Lunatic asylums United Prov. 1922-30 - 1922-1930
Year: 1922
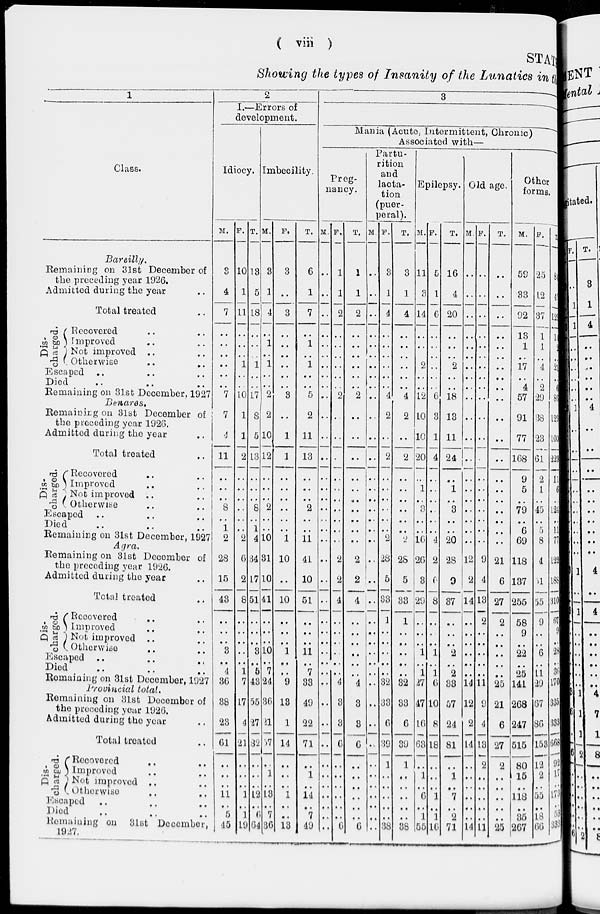
( viii )
STAT
Showing the types of Insanity of the Lunatics in the
1
Class.
Bareilly.
Remaining on 31st December of
the prcceding year 1926.
Admitted during the year ..
Total treated ..
Dis-
charged.
Recovered .. ..
Improved .. ..
Not Improved .. ..
Otherwise .. ..
Escaped .. .. ..
Died .. .. ..
Remaining on 31st December, 1927
Benares.
Remaing on 31st December of
the preceding year 1926.
Admitted during the year ..
Total treated ..
Di s-
charged.
Recovered .. ..
Improved .. ..
Not improved .. ..
Otherwise .. ..
Escaped .. ..
Died .. .. ..
Remaining on 31st December, 1927
Agra.
Remaining on 31st December of
the preceding year 1926.
Admitted during the year ..
Total treated ..
Dis-
charged.
Recovered .. ..
Improved .. ..
Not improved .. ..
Otherwise .. ..
Escaped .. .. ..
Died .. .. ..
Remaining on 31st December, 1927
Provincial total.
Remaining on 31st December of
the preceding year 1926.
Admitted during the year ..
Total treated ..
Dis-
charged.
Recovered .. ..
Improved .. ..
Not improved .. ..
Otherwise .. ..
Escaped .. .. ..
Died .. .. ..
Remaining on 31st December,
1927.
2
I.—Errors of
development.
Idiocy.
M.
3
4
7
..
..
..
..
..
..
7
7
4
11
..
..
..
8
..
1
2
28
15
43
..
..
..
3
..
4
36
38
23
61
..
..
..
11
..
5
45
F.
10
1
11
..
..
..
1
..
..
10
1
1
2
..
..
..
..
..
..
2
6
2
8
..
..
..
..
..
1
7
17
4
21
..
..
..
1
..
1
19
T.
13
5
18
..
...
..
1
..
..
17
8
5
13
..
..
..
8
..
1
4
34
17
51
..
..
..
3
..
5
43
55
37
32
..
..
..
12
..
6
64
Imbecility
M.
3
1
4
..
1
..
1
..
..
2
2
10
12
..
..
..
2
..
..
10
31
10
41
..
..
..
10
..
7
24
36
21
57
..
1
..
13
..
7
36
F.
3
..
3
..
..
..
...
..
..
3
..
1
1
..
..
..
..
..
..
1
10
..
10
..
..
..
1
..
..
9
13
1
14
..
..
..
1
..
..
13
T.
6
1
7
..
1
..
1
..
..
5
2
11
13
..
..
..
2
..
..
11
41
10
51
..
..
..
11
..
7
33
49
22
71
..
1
..
14
..
7
49
3
Maina (Acute, Intermittent, Chronic)
Associated with—
Preg-
nancy.
M.
..
..
..
..
..
..
..
..
..
..
..
..
...
..
..
..
..
..
..
..
...
..
..
..
..
..
..
..
..
..
..
..
..
..
..
..
..
..
..
..
F.
1
1
2
..
..
..
..
..
..
2
..
..
..
..
..
..
..
..
..
..
2
2
4
..
..
..
..
..
..
4
3
3
6
..
..
..
..
..
..
6
T.
1
1
2
..
..
..
..
..
..
2
..
..
..
..
..
..
..
..
..
..
2
2
4
..
..
..
..
..
..
4
3
3
6
..
..
..
..
..
..
6
Partu-
rition
and
lacta-
tion
(puer-
peral).
M.
..
..
..
..
..
..
..
..
..
..
..
..
..
..
..
..
..
..
..
..
..
..
..
..
..
..
..
..
..
..
..
..
..
..
..
..
..
..
..
..
F.
3
1
4
..
..
..
..
..
..
4
2
..
2
..
..
..
..
..
..
2
28
5
33
1
..
..
..
..
..
32
33
6
39
1
..
..
..
..
..
38
T.
3
1
4
..
..
..
..
..
..
4
2
..
2
..
..
..
..
..
..
2
28
5
33
1
..
..
..
..
..
32
33
6
39
1
..
..
..
..
..
38
Epilepsy.
M.
11
3
14
..
..
..
2
..
..
12
10
10
20
..
1
..
3
..
..
16
26
3
29
..
..
..
1
..
1
27
47
16
63
..
1
..
..
..
1
55
F.
5
1
6
..
..
..
...
..
..
6
3
1
4
..
..
..
..
..
..
4
2
6
8
..
..
..
1
..
1
6
10
8
18
..
..
..
6
..
1
16
T.
16
4
20
..
..
..
2
..
..
18
13
11
24
..
1
..
3
..
..
20
28
9
37
..
..
..
2
..
2
33
57
24
81
..
1
..
7
..
2
71
Old age.
M.
..
..
..
..
..
..
..
..
..
...
..
..
..
..
..
..
..
..
..
..
12
2
14
..
..
..
..
..
..
14
12
2
14
..
..
..
..
..
..
14
F.
..
..
..
..
..
..
..
..
..
..
..
..
..
..
..
..
..
..
..
..
9
4
13
2
..
..
..
..
..
11
9
4
13
2
..
..
...
..
..
11
T.
..
..
..
..
..
..
..
..
..
..
..
..
..
..
..
..
..
..
..
..
21
6
27
2
..
..
..
..
..
25
21
6
27
2
..
..
..
..
..
25
Other
forms.
M.
59
33
92
13
1
..
17
..
4
57
91
77
168
9
5
..
79
..
6
69
118
137
255
58
9
..
22
..
25
141
268
247
515
80
15
..
118
..
35
267
F.
25
12
37
1
1
..
4
..
2
29
38
23
61
2
1
..
45
..
5
8
4
51
55
9
..
..
6
..
11
29
67
86
153
12
2
..
55
..
18
66
T.
84
45
129
14
2
..
21
..
6
86
129
100
229
11
6
..
124
..
11
77
122
188
316
67
9
...
28
...
36
170
335
333
668
92
17
...
173
...
53
333